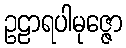
ဥဠာရပါမုဇ္ဇော